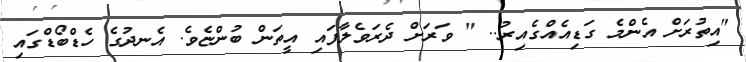
"އިތުރަށް އެންމެ ގަޑިއެއްގެއިރު.. " ވަރަށް ދެރަވެލާފައި އީތަން ބުންޏެވެ. އެނދުގެ ހެޑްބޯޑްގައި